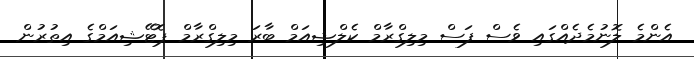
އެންމެ ލޮނުމެދެއްގައި ވެސް ފަސް މިލިގްރާމް ކެލްޝިއަމް ބާރަ މިލިގްރާމް ޕޮޓޭޝިއަމްގެ އިތުރުން